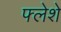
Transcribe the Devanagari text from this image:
फ्लेशे